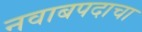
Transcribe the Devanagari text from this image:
नवाबपदाचा